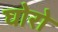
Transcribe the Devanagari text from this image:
घोरो